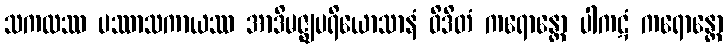
သကလဿ ပဿာသကာယဿ အာဒိမဇ္ဈပရိယောသာနံ ဝိဒိတံ ကရောန္တော ပါကဋံ ကရောန္တော